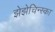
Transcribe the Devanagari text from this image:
झेझेचिन्स्का